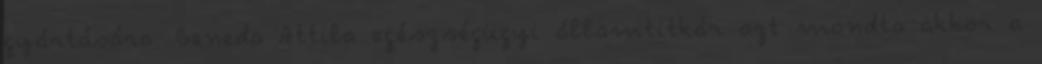
gyártására. Beneda Attila egészségügyi államtitkár azt mondta akkor a